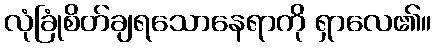
လုံခြုံစိတ်ချရသောနေရာကို ရှာလေ၏။